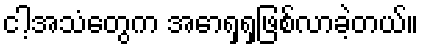
ငါ့အသံတွေက အောရှရှဖြစ်လာခဲ့တယ်။